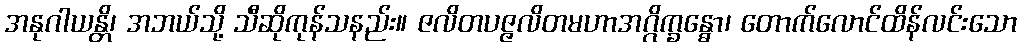
အနုဂါယန္တိ၊ အဘယ်သို့ သီဆိုကုန်သနည်း။ ဇလိတပဇ္ဇလိတမဟာအဂ္ဂိက္ခန္ဓော၊ တောက်လောင်ထိန်လင်းသော